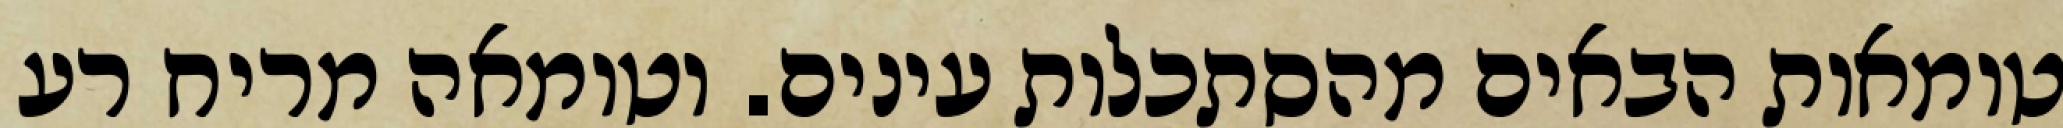
טומאות הבאים מהסתכלות עינים. וטומאה מריח רע